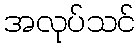
အလုပ်သင်